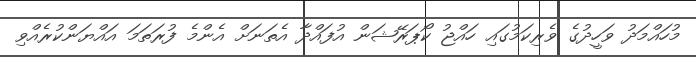
މުހައްމަދު ވަހީދުގެ ވެރިކަމުގައި ހައްޖު ކޯޕަރޭޝަން އުފައްދާ އެތަނަށް އެންމެ ފުރަތަމަ އައްޔަންކުރެއްވި